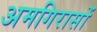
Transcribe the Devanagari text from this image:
अमगिरासों